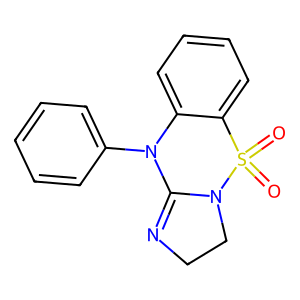
SMILES: O=S1(=O)c2ccccc2N(c2ccccc2)C2=NCCN21
Inhibits HIV replication: No